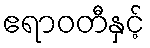
ဧရာဝတီနှင့်